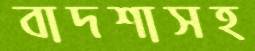
বাদশাসহ